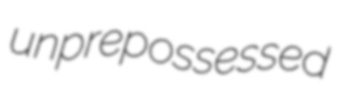
unprepossessed